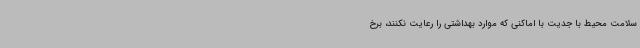
سلامت محیط با جدیت با اماکنی که موارد بهداشتی را رعایت نکنند، برخ